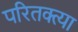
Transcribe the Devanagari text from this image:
परितक्त्या